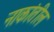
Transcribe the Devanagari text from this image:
नाकांतील